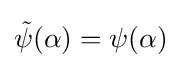
{\tilde {\psi }}(\alpha )=\psi (\alpha )